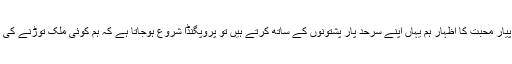
مگر اسی فطری پیار محبت کا اظہار ہم یہاں اپنے سرحد پار پشتونوں کے ساتھ کرتے ہیں تو پروپگنڈا شروع ہوجاتا ہے کہ ہم کوئی ملک توڑنے کی بات کررہے ہیں۔